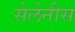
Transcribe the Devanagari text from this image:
सेलेनीस